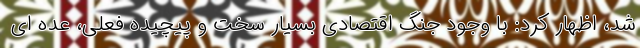
شد، اظهار کرد: با وجود جنگ اقتصادی بسیار سخت و پیچیده فعلی، عده ای